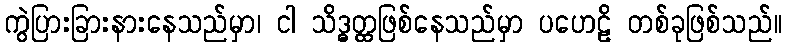
ကွဲပြားခြားနားနေသည်မှာ၊ ငါ သိဒ္ဓတ္ထဖြစ်နေသည်မှာ ပဟေဠိ တစ်ခုဖြစ်သည်။